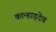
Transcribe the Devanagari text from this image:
कान्हाड़देव